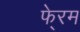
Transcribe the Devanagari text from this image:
फे्रम